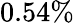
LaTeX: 0.54\%